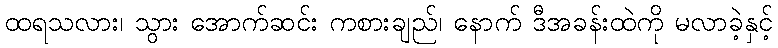
ထရသလား၊ သွား အောက်ဆင်း ကစားချည်၊ နောက် ဒီအခန်းထဲကို မလာခဲ့နှင့်